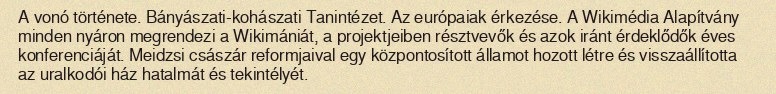
A vonó története. Bányászati-kohászati Tanintézet. Az európaiak érkezése. A Wikimédia Alapítvány minden nyáron megrendezi a Wikimániát, a projektjeiben résztvevők és azok iránt érdeklődők éves konferenciáját. Meidzsi császár reformjaival egy központosított államot hozott létre és visszaállította az uralkodói ház hatalmát és tekintélyét.